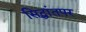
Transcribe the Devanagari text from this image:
सिद्धांतपर